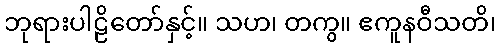
ဘုရားပါဠိတော်နှင့်။ သဟ၊ တကွ။ ဧကူနဝီသတိ၊